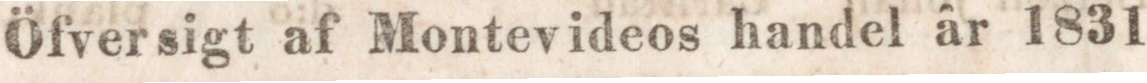
Öfversigt af Montevideos handel â 1831